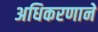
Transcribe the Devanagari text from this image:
अधिकरणाने